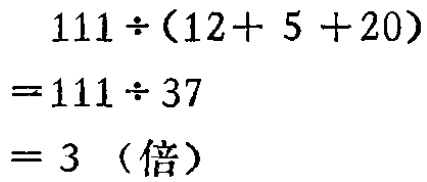
\[

\begin{align*}

&111\div(12 + 5 + 20)\\

=&111\div37\\

=&3 \text{（倍）}

\end{align*}

\]